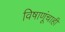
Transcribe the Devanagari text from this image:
विषाणूंचाही